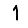
Digit: 1